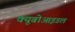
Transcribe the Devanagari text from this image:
क्यूबोआइडल